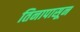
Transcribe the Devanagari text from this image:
तिनापासून